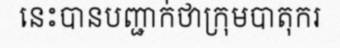
នេះបានបញ្ជាក់ថាក្រុមបាតុករ